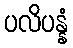
ပလိပန္နံ